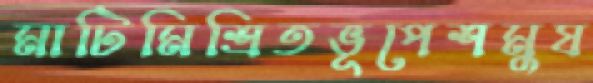
মাটিমিশ্রিতভূপেশমুষ